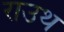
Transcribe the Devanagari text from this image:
राउथ